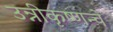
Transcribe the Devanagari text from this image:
उन्नीकृष्णन्चे